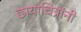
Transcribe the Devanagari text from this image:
छायाचित्रांनी